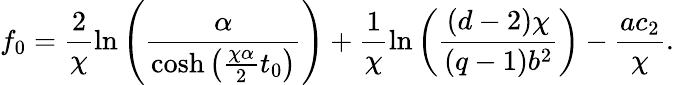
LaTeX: f_{0}=\frac 2{\chi}\ln\left(\frac{\alpha}{\cosh\left({\frac{\chi\alpha}{2}}t_{0}\right)}\right)+\frac 1{\chi}\ln\left({\frac{(d-2)\chi}{(q-1)b^{2}}}\right)-{\frac{ac_{2}}{\chi}}.